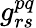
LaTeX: g_{rs}^{pq}